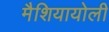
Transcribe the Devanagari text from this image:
मैशियायोली